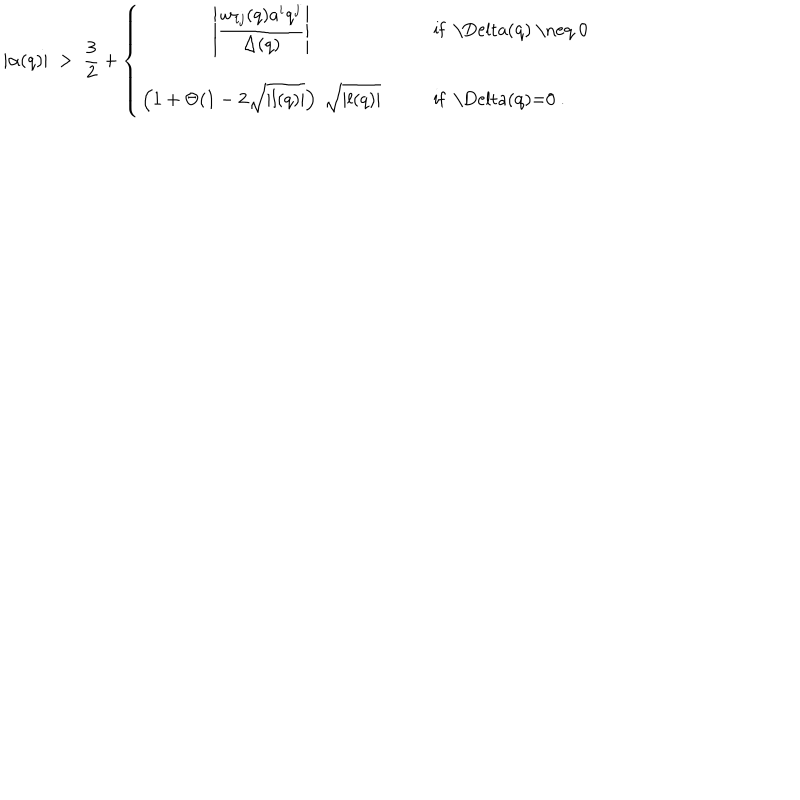
LaTeX: | \alpha ( q ) | \; > \; \frac { 3 } { 2 } + \left\{ \begin{array} { c c l } { { \displaystyle \left| \frac { w _ { i j } ( q ) a ^ { i } q ^ { j } } { \Delta ( q ) } \right| } } & { { } } & { { { \mathrm { i f ~ \Delta ( q ) ~ \neq ~ 0 ~ } } } } \\ { { \displaystyle \left( 1 + \Theta ( 1 - 2 \sqrt { | l ( q ) | } \right) \: \sqrt { | l ( q ) | } } } & { { } } & { { { \mathrm { i f ~ \Delta ( q ) = 0 ~ } } . } } \\ \end{array} \right.